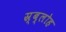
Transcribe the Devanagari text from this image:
स्र्ब्लोह